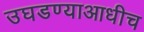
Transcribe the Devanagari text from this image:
उघडण्याआधीच